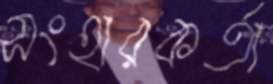
সংহারকর্তা